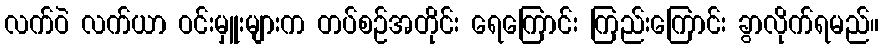
လက်ဝဲ လက်ယာ ဝင်းမှူးများက တပ်စဉ်အတိုင်း ရေကြောင်း ကြည်းကြောင်း ခွာလိုက်ရမည်။